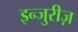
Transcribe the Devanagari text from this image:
इन्जुरीज़